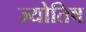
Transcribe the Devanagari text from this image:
ज्योतिष